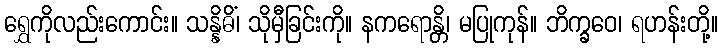
ရွှေကိုလည်းကောင်း။ သန္နိဓိံ၊ သိုမှီခြင်းကို။ နကရောန္တိ၊ မပြုကုန်။ ဘိက္ခဝေ၊ ရဟန်းတို့။